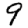
Digit: 9